Annual report of the Civil Veterinary Department, Bengal, for the year 1897-98 - 1897-1898
Year: 1897
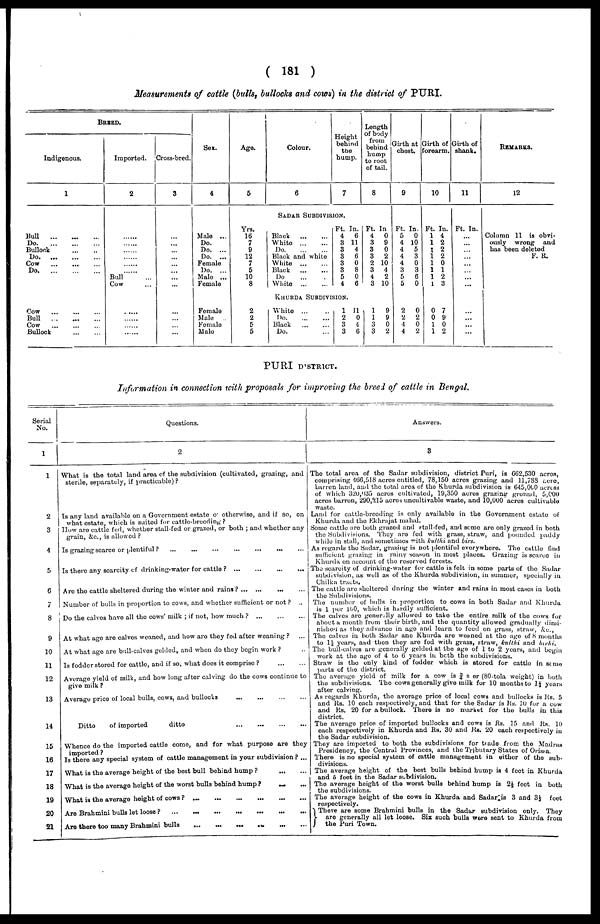
( 181 )
Measurements of cattle (bulls, bullocks and cows) in the district of PURI.
BREED.
Indigenous.
1
Bull
Do
Bullook
...
...
Do
Cow
Do
Cow
Bull
Cow
Bullock
Imported.
2
......
.....
.....
......
.....
..... Bull ...
Cow ...
......
.....
......
......
Cross-bred.
3
...
...
...
...
...
...
...
...
...
...
...
...
Sex.
4
Male ...
Do.
Do. ...
Do. ...
Female
Do. ...
Male ...
Female
Female
Male ...
Female
Male
Age.
5
Yrs.
16
7
9
12
7
5
10
8
2
2
5
5
Colour.
6
Height
behind
the
hump.
7
SADAR SUBDIVISION.
Black
White
...
...
Do
Black and white
White
Black
Do
White
Ft. In.
4
6
8 11
3
4
3
6
3
0
3
8
5
0
4
6
Khurda Subdivision.
White ... ...
Do
Black
Do. ...
1 11
2
0
3
4
3
6
Length
of body
from
behind
hump
to root
of tail.
8
Ft. In
4
0
8
9
3
0
3
2
2 10
3
4
4
2
3 10
1
9
1
9
3
0
3
2
Girth at
chest.
9
Ft. In.
5
0
4 10
4
5
4
3
4
0
3
3
5
6
5
0
2
0
2
2
4
0
4
2
Birth of
Forearm.
10
Ft. In.
1 4
1 2
1 2
1 2
1 0
1 1
1 2
1 3
0 7
0 9
1 0
1 2
Girth of
shank.
11
Ft. In.
...
...
...
...
...
...
...
...
...
...
...
...
REMARKS.
12
Column 11 is obvi-
ously wrong
and
has been deleted
F. R.
PURI DISTRICT.
Information in connection with proposals for improving the breed of cattle in Bengal.
Serial
No.
1
1
2
3
4
5
6
7
8
9
10
11
12
13
14
15
16
17
18
19
20
21
Questions.
2
What is the total land area of the subdivision (cultivated, grazing, and
sterile, separately, if practicable) ?
Is any land available on a Government estate of otherwise, and if so, on
what estate, which is suited for cattle-breeding ?
How are cattle fed, whether stall-fed or grazed, or both ; and whether any
grain, &c., is allowed ?
Is grazing scarce or plentiful ?
...
...
...
...
...
...
...
Is there any scarcity of drinking-water for cattle ?
...
...
...
...
Are the cattle sheltered during the winter and rains? ... ... ... ... ...
Number of bulls in proportion to cows, and whether sufficient or not ? ..
Do the calves have all the cows' milk ; if not, how much ? ... ... ...
At what age are calves weaned, and how are they fed after weaning ? ...
At what age are bull-calves gelded, and when do they begin work ? ...
Is fodder stored for cattle, and if so, what does it comprise ? ... ...
Average yield of milk, and how long after calving do the cows continue to
give milk ?
Average price of local bulls, cows, and bullocks ... ... ... ...
Ditto
of imported
ditto ... ... ... ...
Whence do the imported cattle come, and for what purpose are they
imported ?
Is there any special system of cattle management in your subdivision ? ...
What is the average height of the best bull behind hump ?
...
...
What is the average height of the worst bulls behind hump ? ... ... ...
What is the average height of cows ? ... ... ... ... ...
Are Brahmini bulls let loose
?
...
...
...
...
...
...
...
...
Are there too many Brahmini bulls
...
...
...
...
...
...
...
Answers.
3
The total area of the Sadar subdivision, district Puri, is 662,530 acres,
comprising 466,518 acres entitled, 78,150 acres grazing and 11, 788 acres,
barren land, and the total area of the Khurda subdivision is 645,000 acress
of which 320,035 acres cultivated, 19,350 acres grazing ground, 5,000
acres barren, 290,215 acres uncultivable waste, and 10,000 acres cultivable
waste.
Land for cattle-breeding is only available in the Government estate of
Khurda and the Ekhrajat mahal.
Some cattle are both grazed and stall-fed, and some are only grazed in both
the Subdivisions. They are fed with grass, straw, and pounded paddy
while in stall, and sometimes with kulthi and birs.
As regards the Sadar, grazing is not plentiful everywhere. The cattle find
sufficient grazing in rainy season in most places. Grazing is scarce in
Khurda on account of the reserved forests.
The scarcity of drinking-water for cattle is felt in some parts of the Sadar
subdivision, as well as of the Khurda subdivision, in summer, specially in
Chilka tracts.
The cattle are sheltered during the winter and rains in most cases in both
the Subdivisions.
The number of bulls in proportion to cows in both Sadar and Khurda
is 1 per 100, which is hardly sufficient.
The calves are generally allowed to take the entire milk of the cows for
about a month from their birth, and the quantity allowed gradually dimi-
nished as they advance in age and learn to feed on grass, straw, &c.,
The calves in both Sadar ane Khurda are weaned at the age of 8 months
to 1½ years, and then they are fed with grass, straw, kulthi and birhi.
The bull-calves are generally gelded at the age of 1 to 2 years, and begin
work at the age of 4 to 6 years in both the subdivisions.
Straw is the only kind of fodder which is stored for cattle in some
parts of the district.
The average yield of milk for a cow is ¾ s er (80-tola weight) in both
the subdivisions. The cows generally give milk for 10 months to 1½ years
after calving.
As regards Khurda, the average price of local cows and bullocks is Rs. 5
and Rs. 10 each respectively, and that for the Sadar is Rs. 10 for a cow
and Rs. 20 for a bullock. There is no market for the bulls in this
district.
The average price of imported bullocks and cows is Rs. 15 and lis. 10
each respectively in Khurda and Rs. 30 and Rs. 20 each respectively in
the Sadar subdivision.
They are imported to both the subdivisions for trade from the Madras
Presidency, the Central Provinces, and the Tributary States of Orissa.
There is no special system of cattle management in either of the sub-
divisions.
The average height of the best bulls behind hump is 4 feet in Khurda
and 5 feet in the Sadar subdivision.
The average height of the worst bulls behind hump is 2½ feet in both
the subdivisions.
The average height of the cows in Khurda and Sadar is 3 and 3½ feet
respectively.
There are some Brahmini bulls in the Sadar subdivision only. They
are generally all let loose. Six such bulls were sent to Khurda from
the Puri Town.